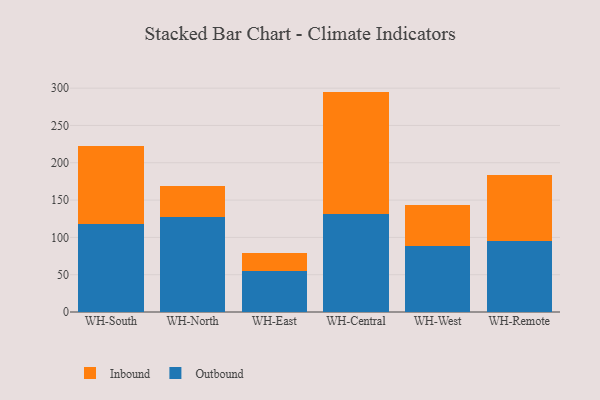
{"axis": {"x": "Warehouse", "y": "Backlog"}, "legend": ["Inbound", "Outbound"], "data": [{"x": "WH-South", "y": 118.3, "type": "Outbound"}, {"x": "WH-South", "y": 104.3, "type": "Inbound"}, {"x": "WH-North", "y": 127.9, "type": "Outbound"}, {"x": "WH-North", "y": 41.0, "type": "Inbound"}, {"x": "WH-East", "y": 54.5, "type": "Outbound"}, {"x": "WH-East", "y": 25.1, "type": "Inbound"}, {"x": "WH-Central", "y": 131.7, "type": "Outbound"}, {"x": "WH-Central", "y": 163.7, "type": "Inbound"}, {"x": "WH-West", "y": 88.6, "type": "Outbound"}, {"x": "WH-West", "y": 54.2, "type": "Inbound"}, {"x": "WH-Remote", "y": 95.2, "type": "Outbound"}, {"x": "WH-Remote", "y": 88.4, "type": "Inbound"}]}